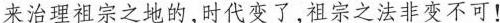
来治理祖宗之地的，时代变了，祖宗之法非变不可！